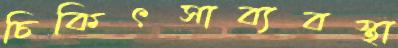
চিকিৎসাব্যবস্থা